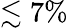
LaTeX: \lesssim 7\%